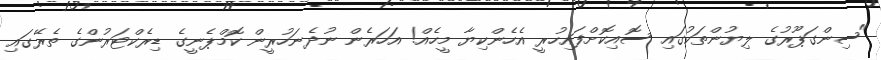
"ސިންގަޕޫރުގެ ލިޔުންތަކުގައި ސޮއިކޮށްފައިހުރީ އެހެންކިޔާ މީހެއް! އަހަރެން ނުދެނަހުރީން ކޮމްޕެނީގެ ޑިރެކްޓަރުންގެ ތެރޭގައި